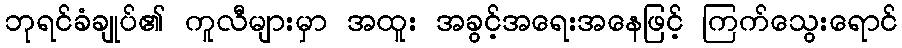
ဘုရင်ခံချုပ်၏ ကူလီများမှာ အထူး အခွင့်အရေးအနေဖြင့် ကြက်သွေးရောင်